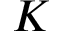
K